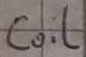
Text: Coil